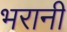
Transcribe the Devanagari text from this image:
भरानी